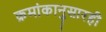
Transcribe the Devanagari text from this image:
क्रमांकानुसारही